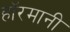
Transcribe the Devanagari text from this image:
हाॅरमानी